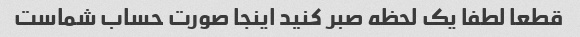
قطعا لطفا یک لحظه صبر کنید اینجا صورت حساب شماست